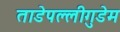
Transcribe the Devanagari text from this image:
ताडेपल्लीगुडेम